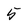
Character: 5